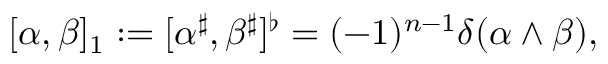
[ \alpha , \beta ] _ { 1 } : = [ \alpha ^ { \sharp } , \beta ^ { \sharp } ] ^ { \flat } = ( - 1 ) ^ { n - 1 } \delta ( \alpha \wedge \beta ) ,